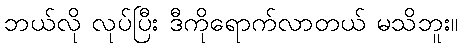
ဘယ်လို လုပ်ပြီး ဒီကိုရောက်လာတယ် မသိဘူး။